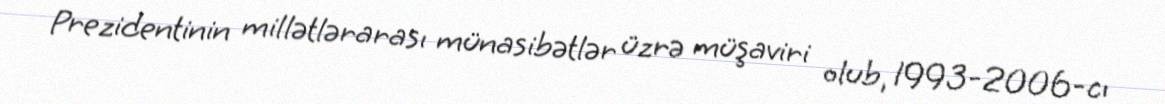
Prezidentinin millətlərarası münasibətlər üzrə müşaviri olub, 1993-2006-cı